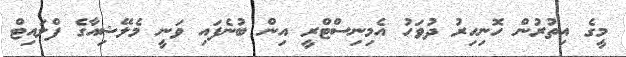
މީގެ އިތުރުން ހޮނިހިރު ދުވަހު އެމިނިސްޓްރީ އިން ބުނެފައި ވަނީ މެލޭޝިއާގެ ފްލައިޓް